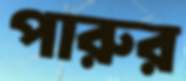
পারুর